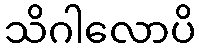
သိဂါလောပိ